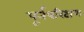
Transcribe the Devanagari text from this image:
पूर्नपरिक्षण